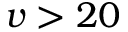
v > 2 0